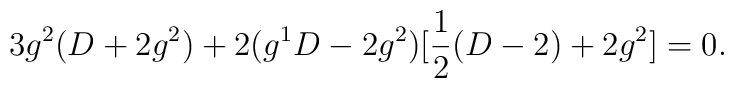
3g^{2}(D+2g^{2})+2(g^{1}D-2g^{2})[\frac{1}{2}(D-2)+2g^{2}]=0.